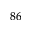
^ { 8 6 }